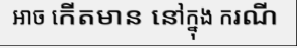
អាច កើតមាន នៅក្នុង ករណី